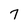
Character: 7